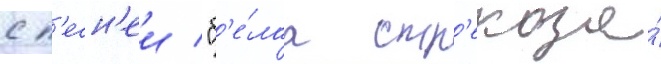
с п'есн'еи "б'е́лаа стр'екоза́